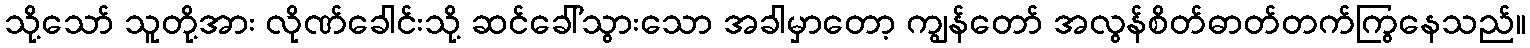
သို့သော် သူတို့အား လိုဏ်ခေါင်းသို့ ဆင်ခေါ်သွားသော အခါမှာတော့ ကျွန်တော် အလွန်စိတ်ဓာတ်တက်ကြွနေသည်။